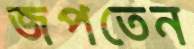
জপতেন